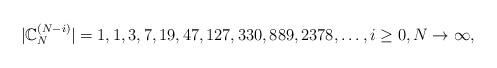
LaTeX: \begin{align*}|\mathbb{C}_N^{(N-i)}|=1,1,3,7,19,47,127,330,889,2378,\ldots, i\ge 0,N\to \infty,\end{align*}